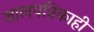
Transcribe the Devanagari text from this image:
जालपत्रिकाही